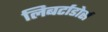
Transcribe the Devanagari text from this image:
लिबर्टाडोर्स